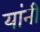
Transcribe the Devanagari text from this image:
यांनी